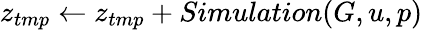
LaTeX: z_{tmp}\gets z_{tmp}+Simulation(G,u,p)